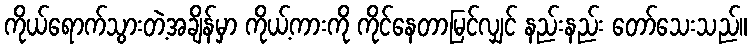
ကိုယ်ရောက်သွားတဲ့အချိန်မှာ ကိုယ့်ကားကို ကိုင်နေတာမြင်လျှင် နည်းနည်း တော်သေးသည်။